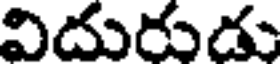
విదురుడు